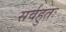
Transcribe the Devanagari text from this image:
सर्वहुतः